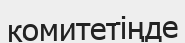
комитетіңде